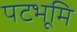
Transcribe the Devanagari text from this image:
पटभूमि